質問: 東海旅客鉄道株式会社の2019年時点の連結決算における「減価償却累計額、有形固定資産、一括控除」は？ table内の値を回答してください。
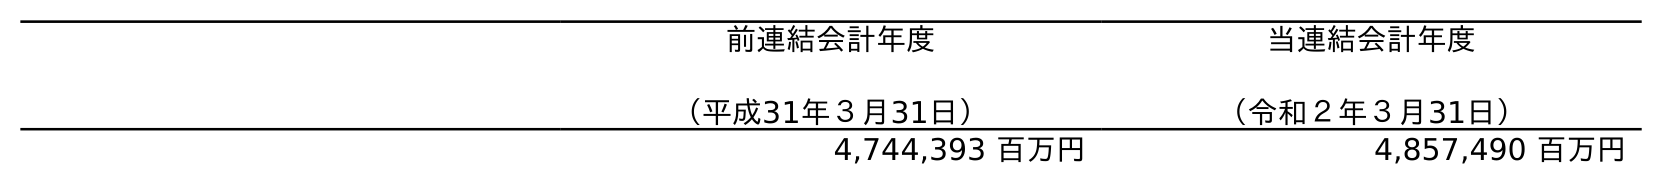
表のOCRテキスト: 前連結会計年度 （平成31年３月31日） 当連結会計年度 （令和２年３月31日） 4,744,393 百万円 4,857,490 百万円
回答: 4,744,393百万円